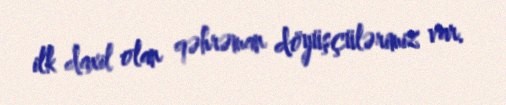
ilk daxil olan qəhrəman döyüşçülərimiz var.